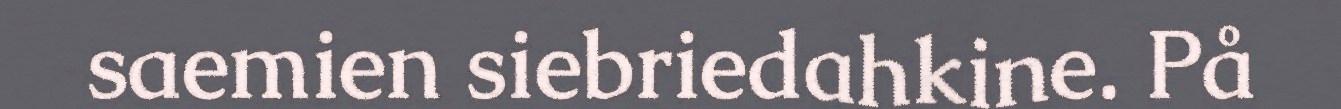
saemien siebriedahkine. På